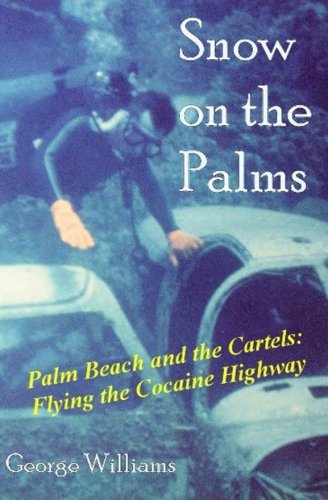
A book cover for Snow on the Palms; George Williams; Biographies & Memoirs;